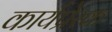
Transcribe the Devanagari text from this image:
कार्यप्रेरक